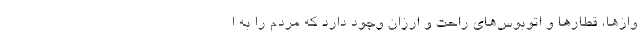
وازها، قطارها و اتوبوس‌های راحت و ارزان وجود دارد که مردم را به ا